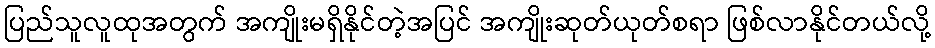
ပြည်သူလူထုအတွက် အကျိုးမရှိနိုင်တဲ့အပြင် အကျိုးဆုတ်ယုတ်စရာ ဖြစ်လာနိုင်တယ်လို့